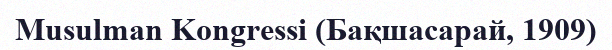
Musulman Kongressi (Бақшасарай, 1909)